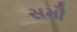
સમૌ